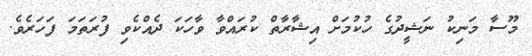
މޫސާ މަނިކު ނަޝީދުގެ ހުކުމަށް އިޝާރާތް ކުރައްވާ ވާހަކަ ދެއްކެވި ފުރަތަަމަ ފަހަރެވެ.